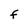
Character: F